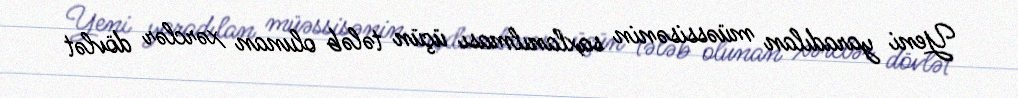
Yeni yaradılan müəssisənin saxlanılması üçün tələb olunan xərclər dövlət